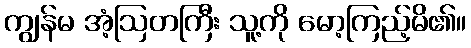
ကျွန်မ အံ့ဩတကြီး သူ့ကို မော့ကြည့်မိ၏။